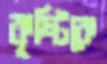
কৃষ্টিকে